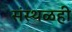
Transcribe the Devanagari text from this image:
संस्थळही